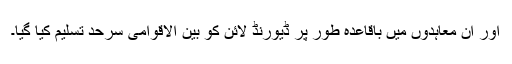
اور ان معاہدوں میں باقاعدہ طور پر ڈیورنڈ لائن کو بین الاقوامی سرحد تسلیم کیا گیا۔